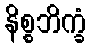
နိစ္စဘိက္ခံ